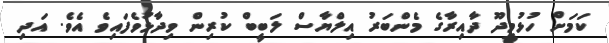
ކަމަށް ހުޅުމީދޫ ދާއިރާގެ މެންބަރު އިލްޔާސް ލަބީބް ކުރިން ވިދާޅުވެފައިވެ އެވެ. އަދި